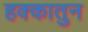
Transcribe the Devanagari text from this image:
हक्कातुन